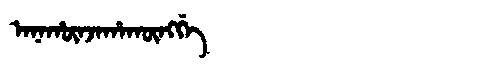
Manchu: ᠠᠨᠠᡥᡡᠨᠵᠠᡥᠠᡴᡡᠩᡤᡝ
Romanization: ANAHŪNJAHAKŪNGGE